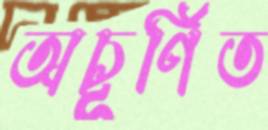
অচূর্ণিত